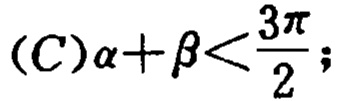
\((C)\alpha+\beta<\frac{3\pi}{2};\)